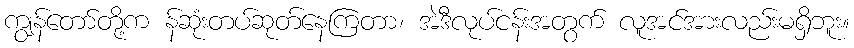
ကျွန်တော်တို့က န်ဆုံးတပ်ဆုတ်နေကြတာ၊ အဲဒီလုပ်ငန်းအတွက် လူအင်အားလည်းမရှိဘူး။